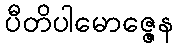
ပီတိပါမောဇ္ဇေန